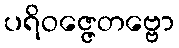
ပရိဝဇ္ဇေတဗ္ဗော